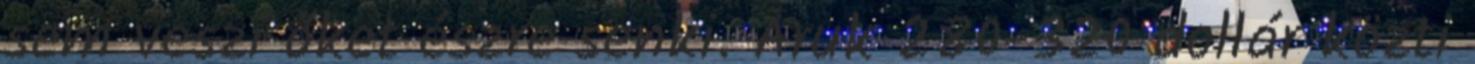
sem veszi őket észre senki. Áruk 280-320 dollár közti